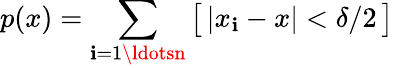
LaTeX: p(x)=\sum_{\mathbf{i}=1\ldotsn}\big[\, |x_{\mathbf{i}}-x|<\delta/2\, \big]